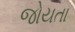
જોયતા